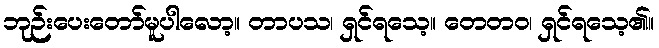
ဘုဉ်းပေးတော်မူပါလော့။ တာပသ၊ ရှင်ရသေ့။ တေတဝ၊ ရှင်ရသေ့၏။